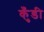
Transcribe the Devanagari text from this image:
कुँडी